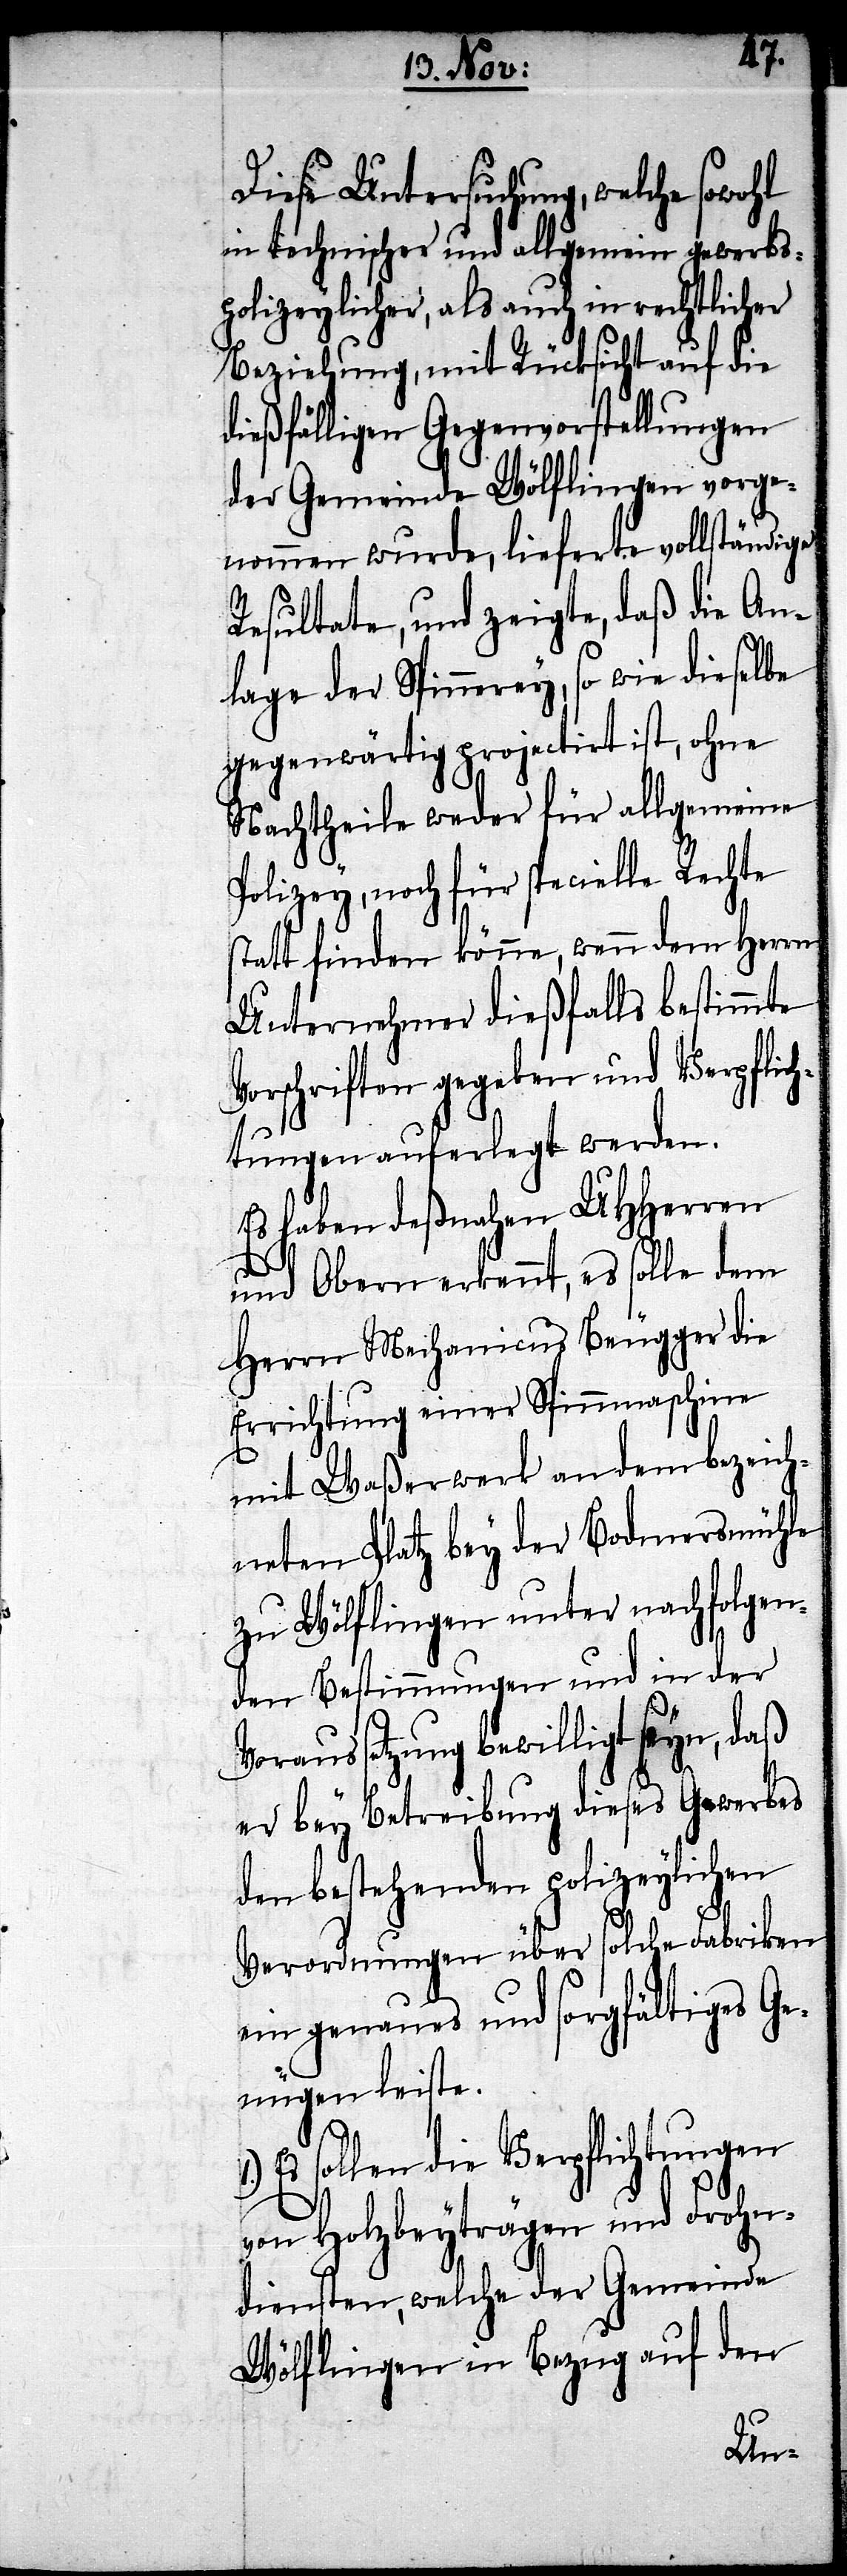
Diese Untersuchung, welche sowohl
in technischer und allgemein gewerbs¬
polizeylicher, als auch in rechtlicher
Beziehung, mit Rücksicht auf die
dießfälligen Gegenvorstellungen
der Gemeinde Wölflingen vorge¬
nommen wurde, lieferte vollständige
Resultate, und zeigte, daß die An¬
lage der Spinnerey, so wie dieselbe
gegenwärtig projectirt ist, ohne
Nachtheile weder für allgemeine
Polizey, noch für specielle Rechte
statt finden könne, wenn dem Herren
Unternehmer dießfalls bestimmte
Vorschriften gegeben und Verpflich¬
tungen auferlegt werden.
Es haben deßnahen UHHerren
und Obern erkennt, es solle dem
Herrn Mechanicus Beugger die
Errichtung einer Spinnmaschine
mit Waßerwerk an dem bezeich¬
neten Platz bey der Bodmersmühle
zu Wölflingen unter nachfolgen¬
den Bestimmungen und in der
aussetzung bewilligt seyn, daß
er bey Betreibung dieses Gewerbes
den bestehenden polizeylichen
Verordnungen über solche Fabriken
ein genaues und sorgfältiges Ge¬
nügen leiste.
Es sollen die Verpflichtungen
von Holzbeyträgen und Frohn¬
diensten, welche der Gemeinde
Wölflingen in Bezug auf den
Vor¬